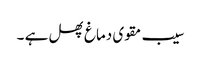
سیب مقوی دماغ پھل ہے ۔